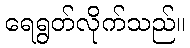
ရေရွတ်လိုက်သည်။